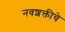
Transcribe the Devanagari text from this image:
नवशक्तीचे